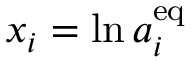
x _ { i } = \ln a _ { i } ^ { \mathrm { { e q } } }